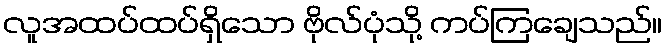
လူအထပ်ထပ်ရှိသော ဗိုလ်ပုံသို့ ကပ်ကြချေသည်။